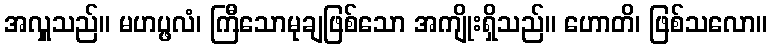
အလှူသည်။ မဟပ္ဖလံ၊ ကြီသောမုချဖြစ်သော အကျိုးရှိသည်။ ဟောတိ၊ ဖြစ်သလော။